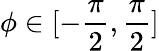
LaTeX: \phi\in[-\frac{\pi}{2},\frac{\pi}{2}]